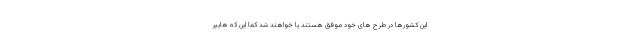
این کشورها در طرح های خود موفق هستند یا خواهند شد کما این که هایپر